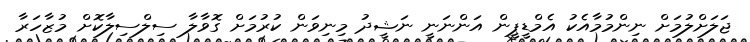
ޖަލަށްލުމަށް ނިންމުމާއެކު އެމްޑީޕީން އަންނަނީ ނަޝީދު މިނިވަން ކުރުމަށް ގޮވާލާ ސިލްސިލާކޮށް މުޒާހަރާ